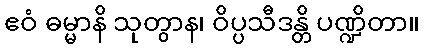
ဧဝံ ဓမ္မာနိ သုတွာန၊ ဝိပ္ပသီဒန္တိ ပဏ္ဍိတာ။